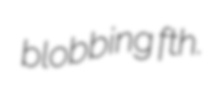
blobbing fth.